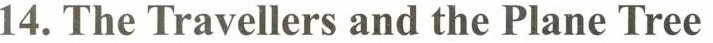
14.TheTravellers and the Plane Tree